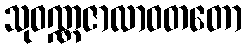
သုဝဏ္ဏဇာလာဝတတော